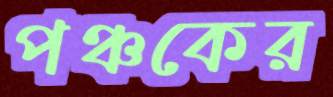
পঞ্চকের